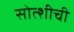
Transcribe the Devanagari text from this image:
सोत्शीची